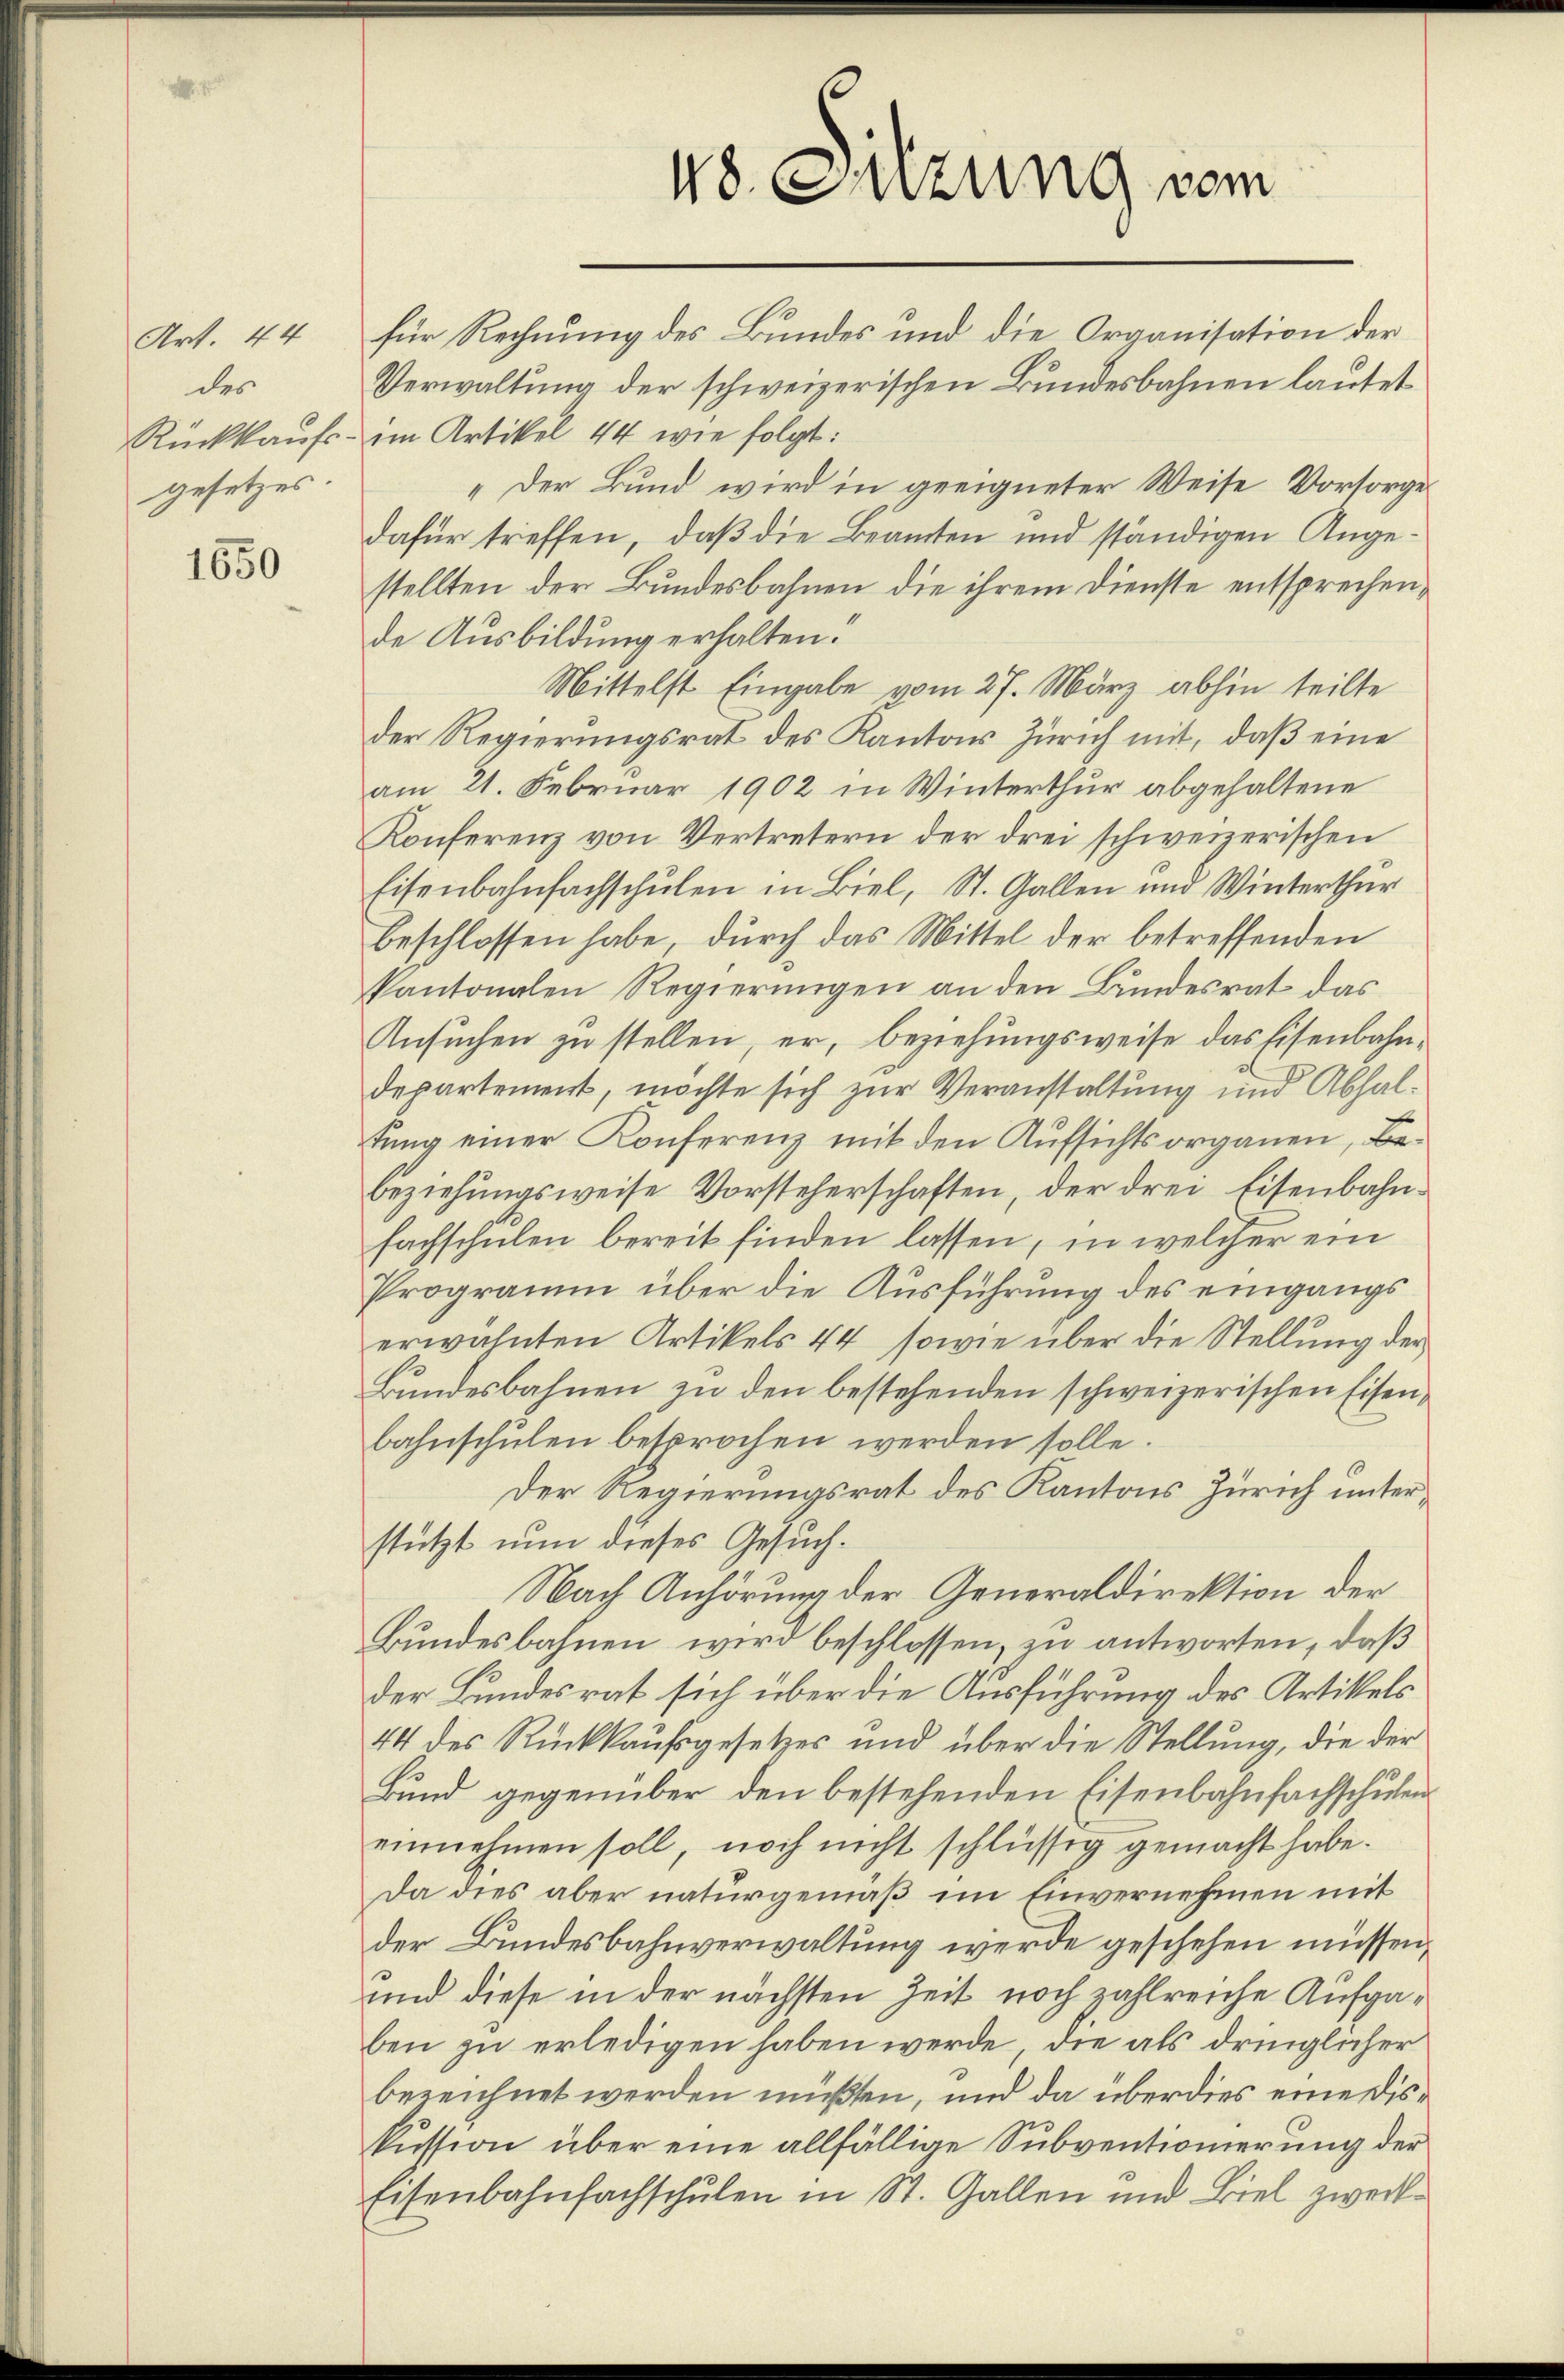
Art. 44
des
gesetzes.

1650

48. Sitzung vom

für Rechnung des Bundes und die Organisation der
Verwaltung der schweizerischen Bundesbahnen lautet
Rückkaufs- im Artikel 44 wie folgt:
„Der Bund wird in geeigneter Weise Vorsorge
dafür treffen, daß die Beamten und ständigen Angestellten der Bundesbahnen die ihrem Dienste entsprechen,
de Ausbildung erhalten.
Mittelst Eingabe vom 27. März abhin teilte
der Regierungsrat des Kantons Zürich mit, daß eine
am 21. Februar 1902 in Winterthur abgehaltene
Konferenz von Vertretern der drei schweizerischen
Eisenbahnfachschulen in Biel, St. Gallen und Winterthur
beschlossen habe, durch das Mittel der betreffenden
kantonalen Regierŭngen an den Bundesrat das
Ansuchen zu stellen, er, beziehungsweise das Eisenbahndepartement, möchte sich zur Veranstaltung und Abhaltung einer Konferenz mit den Aufsichtsorganen, Be¬
beziehungsweise Vorsteherschaften, der drei Eisenbahnfachschulen bereit finden lassen, in welcher ein
Programm über die Ausführung des eingangs
erwähnten Artikels 44, sowie über die Stellung der
Bundesbahnen zu den bestehenden schweizerischen Eisenbahnschulen besprochen werden solle.
Der Regierungsrat des Kantons Zürich unterstützt nun dieses Gesuch.
Nach Anhörung der Generaldirektion der
Bundesbahnen wird beschlossen, zu antworten, daß
der Bundesrat sich über die Ausführung des Artikels
44 des Rückkaufsgesetzes und über die Stellung, die der
Bund gegenüber den bestehenden Eisenbahnfachschulen
einnehmen soll, noch nicht schlüssig gemacht habe.
Da dies aber naturgemäß im Einvernehmen mit
der Bundesbahnverwaltung werde geschehen müssen,
und diese in der nächsten Zeit noch zahlreiche Aufgaben zu erledigen haben werde, die als dringlicher
bezeichnet werden müßten, und da über dies eine Diskussion über eine allfällige Subventionierung der
Eisenbahnfachschŭlen in St. Gallen und Biel zweck-